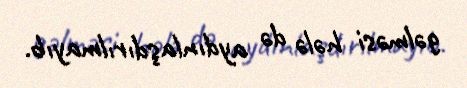
gəlməsi hələ də aydınlaşdırılmayıb.